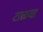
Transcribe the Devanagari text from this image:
टाळया